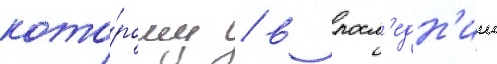
кото́рому / в посл'едн'ии